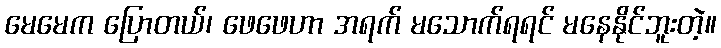
မေမေက ပြောတယ်၊ ဖေဖေဟာ အရက် မသောက်ရရင် မနေနိုင်ဘူးတဲ့။